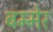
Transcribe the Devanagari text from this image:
बम्मेर